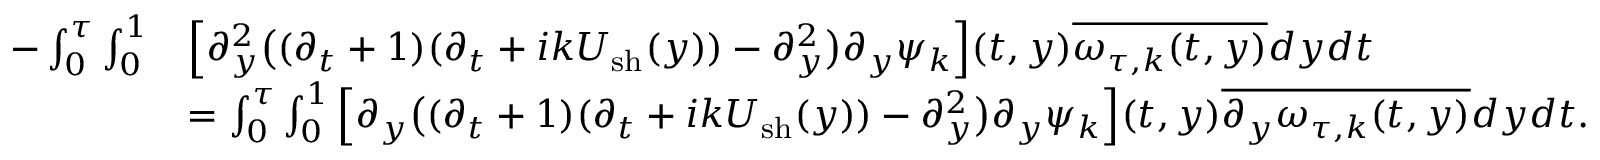
\begin{array} { r l } { - \int _ { 0 } ^ { \tau } \int _ { 0 } ^ { 1 } } & { \Big [ \partial _ { y } ^ { 2 } \big ( ( \partial _ { t } + 1 ) ( \partial _ { t } + i k U _ { \mathrm { s h } } ( y ) ) - \partial _ { y } ^ { 2 } \big ) \partial _ { y } \psi _ { k } \Big ] ( t , y ) \overline { { \omega _ { \tau , k } ( t , y ) } } d y d t } \\ & { = \int _ { 0 } ^ { \tau } \int _ { 0 } ^ { 1 } \Big [ \partial _ { y } \big ( ( \partial _ { t } + 1 ) ( \partial _ { t } + i k U _ { \mathrm { s h } } ( y ) ) - \partial _ { y } ^ { 2 } \big ) \partial _ { y } \psi _ { k } \Big ] ( t , y ) \overline { { \partial _ { y } \omega _ { \tau , k } ( t , y ) } } d y d t . } \end{array}